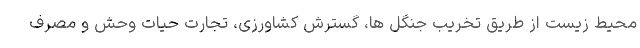
محیط زیست از طریق تخریب جنگل ها، گسترش کشاورزی، تجارت حیات وحش و مصرف